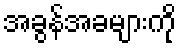
အခွန်အခများကို